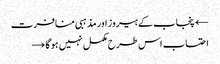
← پنجاب کے ہیروز اور مذہبی منافرت
احتساب اس طرح مکمل نہیں ہو گا →